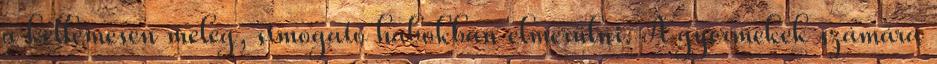
a kellemesen meleg, simogató habokban elmerülni. A gyermekek számára